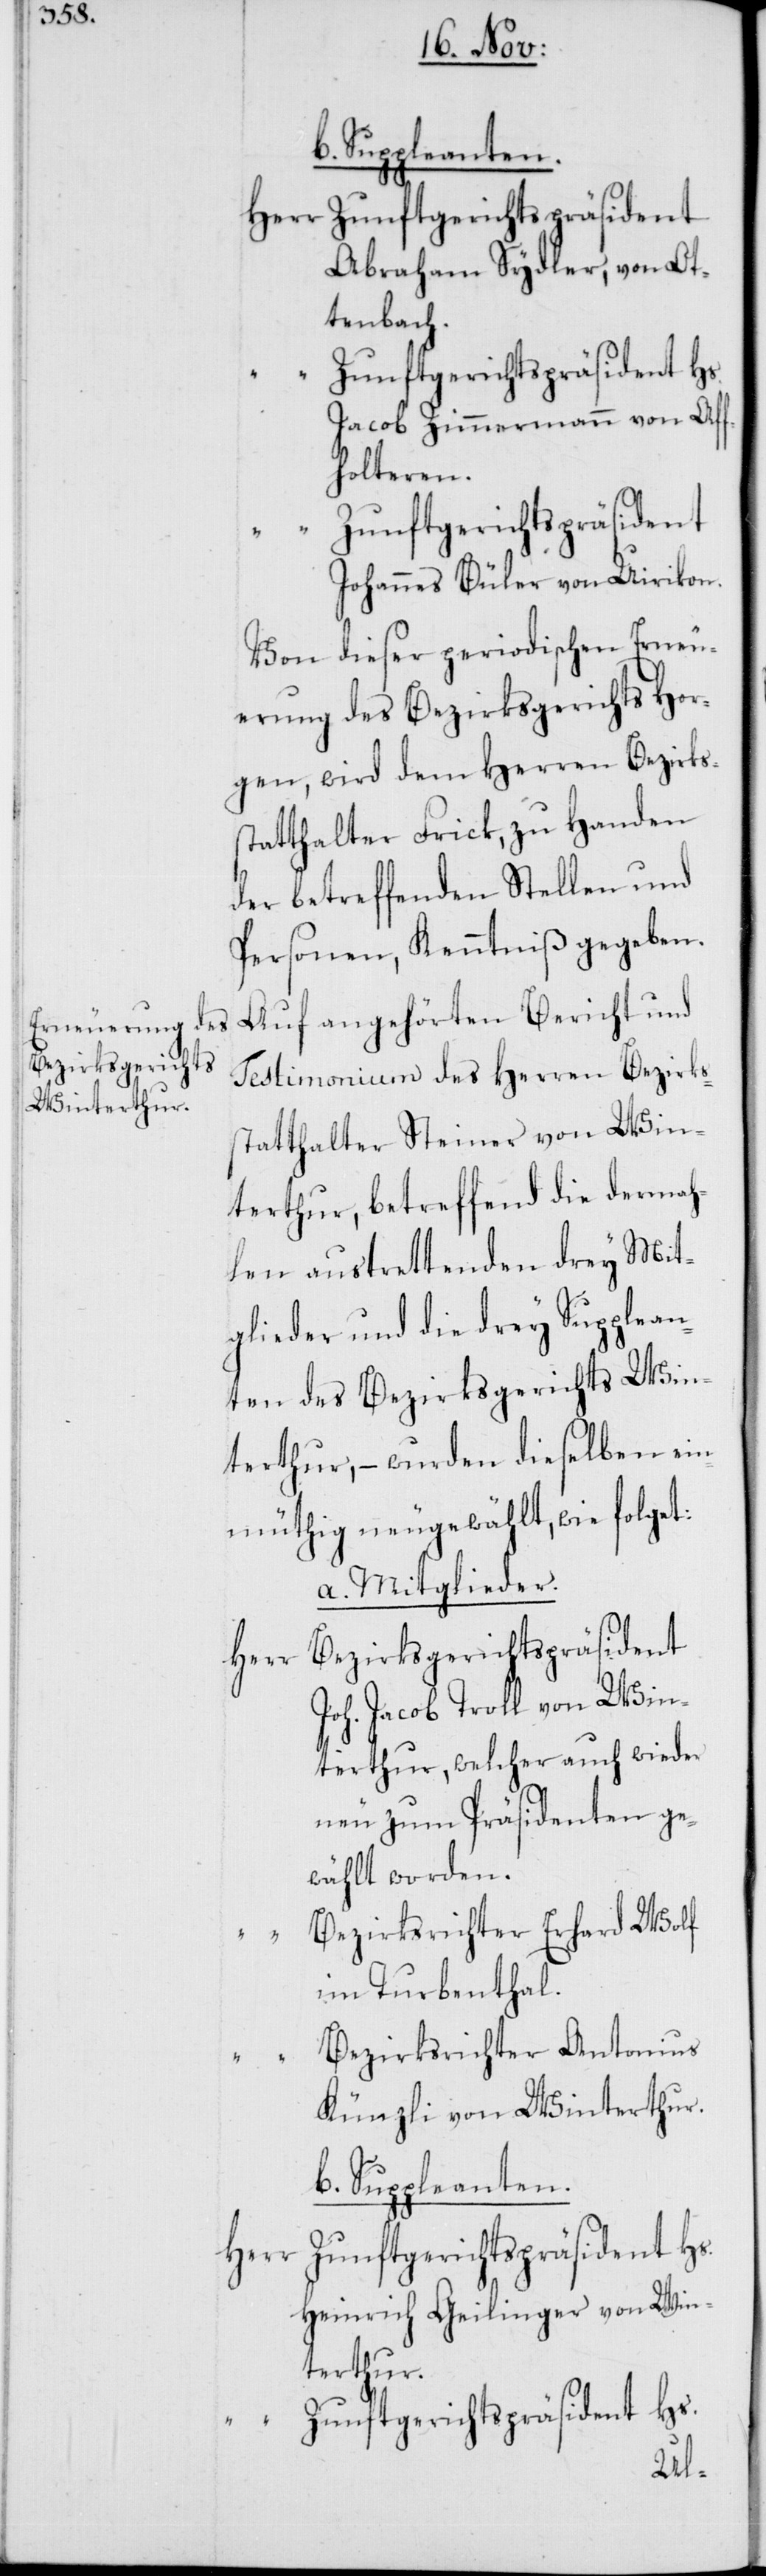
Zunftgerichtspräsident
Abraham Sydler, von Ot¬
tenbach.
fholteren.
Zunftgerichtspräsident
Johannes Büler von Uirikon.
Von dieser periodischen Erneu¬
erung des Bezirksgerichts Hor¬
gen, wird dem Herren Bezirks¬
tatthalter Frick, zu Handen
der betreffenden Stellen und
Personen, Kenntniß gegeben.
Auf angehörten Bericht und
Testimonium des Herren Bezirks¬
statthalter Steiner von Win¬
terthur, betreffend die dermah¬
len austrettenden drey Mit¬
glieder und die drey Supplean¬
ten des Bezirksgerichts Win¬
terthur, – wurden dieselben ei¬
nmüthig neugewählt, wie folget:
a. Mitglieder.
Herr Bezirksgerichtspräsident
Joh. Jacob Troll von Win¬
terthur, welcher auch wieder
wählt worden.
Bezirksrichter Erhard Wolf
im Turbenthal.
Bezirksrichter Antonius
Künzli von Winterthur.
b. Suppleanten.
Zunftgerichtspräsident Hs.
Herr
Heinrich Geilinger von Win¬
terthur.
Zunftgerichtspräsident Hs.
ge¬